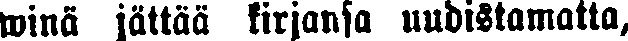
winä jättää kirjansa uudistamatta,